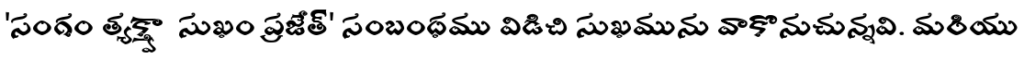
'సంగం త్యక్త్వా సుఖం ప్రజేత్' సంబంధము విడిచి సుఖమును వాకొనుచున్నవి. మరియు